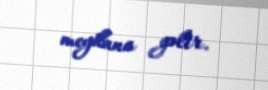
meydana gəlir.